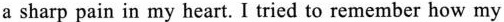
a sharp pain in my heart. I tried to remember how my